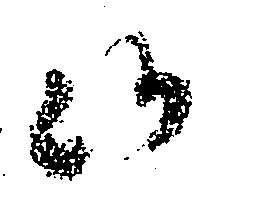
候